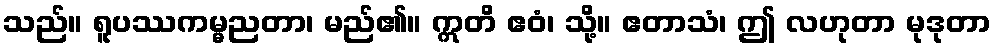
သည်။ ရူပဿကမ္မညတာ၊ မည်၏။ ဣတိ ဧဝံ၊ သို့။ ဧတာသံ၊ ဤ လဟုတာ မုဒုတာ